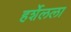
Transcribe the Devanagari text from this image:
हर्शेलला